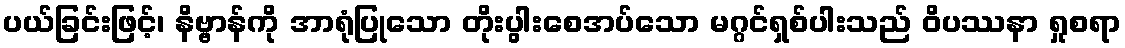
ပယ်ခြင်းဖြင့်၊ နိဗ္ဗာန်ကို အာရုံပြုသော တိုးပွါးစေအပ်သော မဂ္ဂင်ရှစ်ပါးသည် ဝိပဿနာ ရှုစရာ